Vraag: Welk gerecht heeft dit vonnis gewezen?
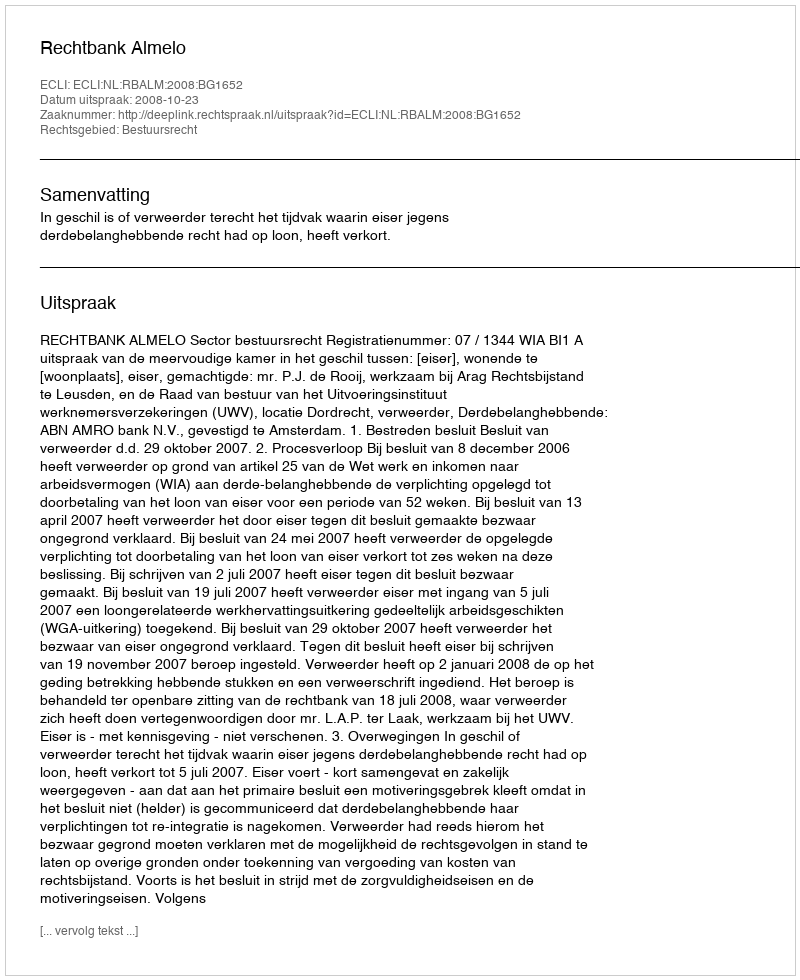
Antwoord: Rechtbank Almelo